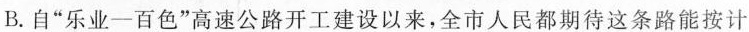
B.自”乐业-百色”高速公路开工建设以来，全市人民都期待这条路能按计